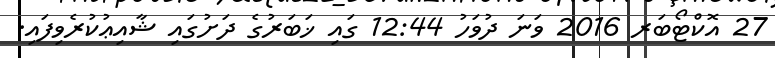
27 އޮކްޓޯބަރ 2016 ވަނަ ދުވަހު 12:44 ގައި ޚަބަރުގެ ދަށުގައި ޝާއިޢުކުރެވިފައި.